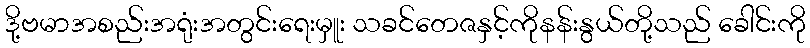
ဒို့ဗမာအစည်းအရုံးအတွင်းရေးမှူး သခင်တေဇနှင့်ကိုနန်းနွယ်တို့သည် ခေါင်းကို